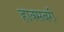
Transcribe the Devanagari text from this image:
हाक्सबरी